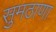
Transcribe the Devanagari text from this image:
सुमठाणा